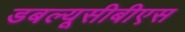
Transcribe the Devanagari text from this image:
डबल्यूसीबीएस